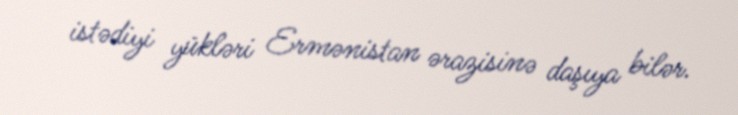
istədiyi yükləri Ermənistan ərazisinə daşıya bilər.